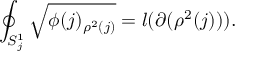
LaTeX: \oint _ { S _ { j } ^ { 1 } } \sqrt { \phi ( j ) _ { \rho ^ { 2 } ( j ) } } = l ( \partial ( \rho ^ { 2 } ( j ) ) ) .